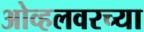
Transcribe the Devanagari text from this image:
ओव्हलवरच्या